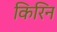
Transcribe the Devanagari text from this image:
किरिन